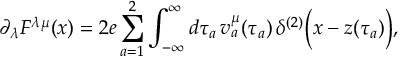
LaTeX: \partial _ { \lambda } F ^ { \lambda \mu } ( x ) = 2 e \sum _ { a = 1 } ^ { 2 } \int _ { - \infty } ^ { \infty } d \tau _ { a } \, { v } _ { a } ^ { \mu } ( \tau _ { a } ) \, \delta ^ { ( 2 ) } \Bigl ( x - z ( \tau _ { a } ) \Bigr ) ,